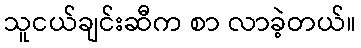
သူငယ်ချင်းဆီက စာ လာခဲ့တယ်။